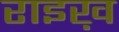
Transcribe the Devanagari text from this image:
राइख़